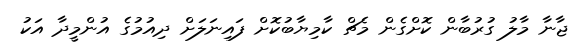
ޖާނާ މާލު ގުރުބާން ކޮށްގެން މެޗް ކާމިޔާބުކޮށް ފައިނަލަށް ދިއުމުގެ އުންމީދާ އަކު